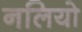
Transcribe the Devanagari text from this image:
नलियो